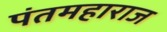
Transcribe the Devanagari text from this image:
पंतमहाराज